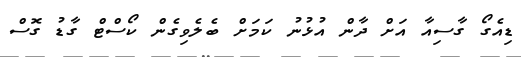
ޑިއެގޯ ގާސިއާ އަށް ދާން އުޅުނު ކަމަށް ބެލެވިގެން ކޯސްޓް ގާޑު ގޮސް